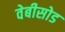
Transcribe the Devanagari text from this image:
वेबीसोड